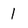
Character: 1